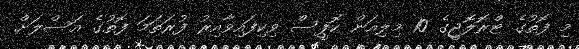
މި ފޮތުގެ ޓްރޮލޮޖީގެ 10 މިލިއަން ކޮޕީސް ވިކިފައިވާއިރު ފުރަތަމަ ފޮތުގެ އަސްލަށް